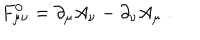
F _ { \mu \nu } ^ { 0 } = \partial _ { \mu } A _ { \nu } - \partial _ { \nu } A _ { \mu } \; .